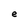
Character: e